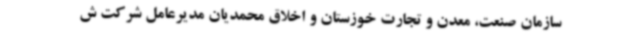
سازمان صنعت، معدن و تجارت خوزستان و اخلاق محمدیان مدیرعامل شرکت ش